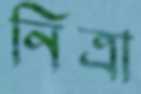
নিত্রা